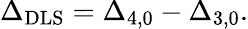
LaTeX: \Delta_{\mathrm{DLS}}=\Delta_{4,0}-\Delta_{3,0}.